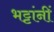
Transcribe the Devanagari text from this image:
भट्टांनीं